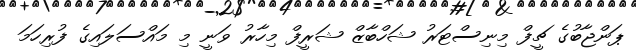
ޕަންޖާބުގެ ޗީފް މިނިސްޓަރު ޝަހްބާޒް ޝަރީފް މިހާރު ވަނީ މި މައްސަލައިގެ ފުރިހަމަ